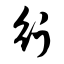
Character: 行